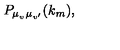
P _ { \mu _ { v ^ { \vphantom { \prime } } } \mu _ { v ^ { \prime } } } ( k _ { m } ) ,